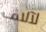
لآلاف